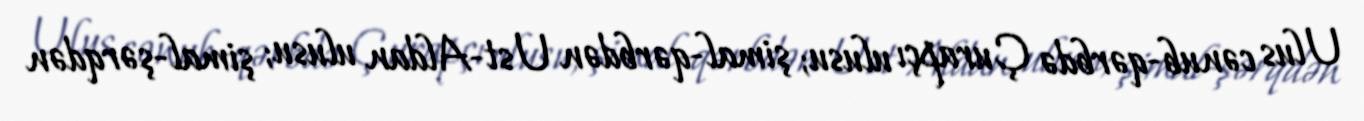
Ulus cənub-qərbdə Çurapçı ulusu; şimal-qərbdən Ust-Aldan ulusu; şimal-şərqdən